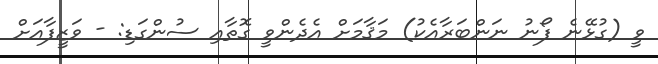
ވީ (ގުޅޭނެ ފޯނު ނަންބަރާއެކު) މަޤާމަށް އެދެންވީ ގޮތާއި ސުންގަޑި: - ވަޒީފާއަށް